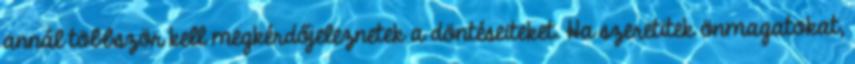
annál többször kell megkérdőjeleznetek a döntéseiteket. Ha szeretitek önmagatokat,